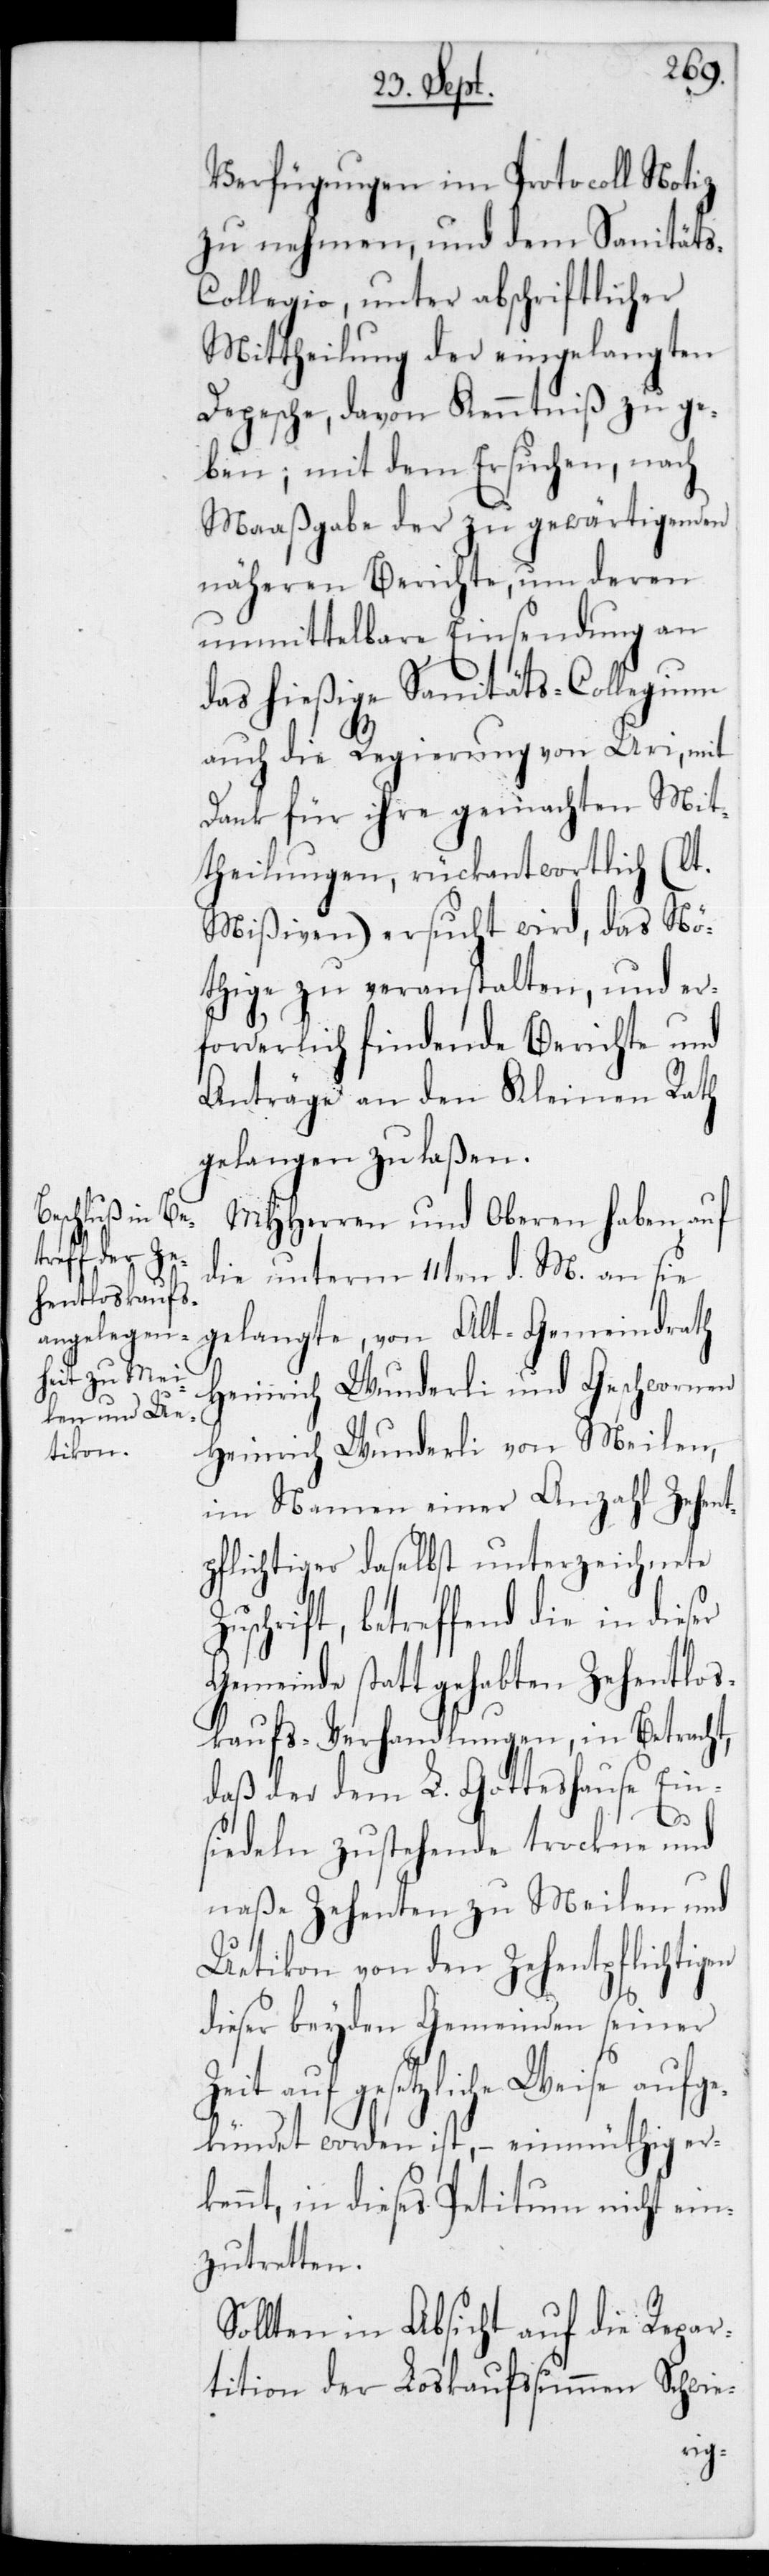
Verfügungen im Protocoll Notiz
zu nehmen, und dem Sanitäts¬
collegio, unter abschriftlicher
Mittheilung der eingelangten
Depesche, davon Kenntniß zu ge¬
ben; mit dem Ersuchen, nach
Maaßgabe der zu gewärtigenden
näheren Berichte, um deren
unmittelbare Einsendung an
das hießige Sanitäts-Collegium
auch die Regierung von Uri, mit
Dank für ihre gemachten Mit¬
theilungen, rückantwortlich (lt.
Mißiven) ersucht wird, das Nö¬
thige zu veranstalten, und er¬
forderlich findende Berichte und
Anträge an den Kleinen Rath
gelangen zu laßen.
MHHerren und Oberen haben auf
die unterm 11ten d. M. an sie
gelangte, von Alt-Gemeindrath
Heinrich Wunderli und Geschwornen
Heinrich Wunderli von Meilen,
im Namen einer Anzahl Zehent¬
pflichtiger daselbst unterzeichnete
uschrift, betreffend die in dies¬
Gemeinde stattgehabten Zehentlos¬
kaufs-Verhandlungen, in Betracht,
daß der dem L. Gotteshause Ein¬
er
siedeln zustehende trockne und
naße Zehenten zu Meilen und
Uetikon von den Zehentpflichtigen
dieser beyden Gemeinden seiner
Zeit auf gesetzliche Weise aufge¬
kündet worden ist, – einmüthig er¬
kennt, in dieses Petitum nicht ein¬
zutretten.
Sollten in Absicht auf die Repar¬
tition der Loskaufssummen Schwie-